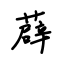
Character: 薜